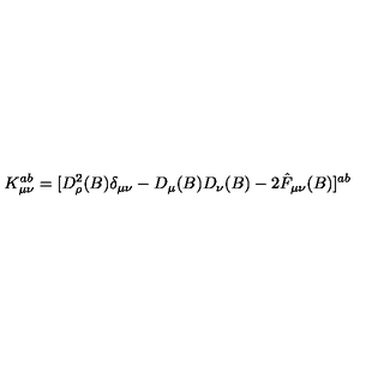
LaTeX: K _ { \mu \nu } ^ { a b } = [ D _ { \rho } ^ { 2 } ( B ) \delta _ { \mu \nu } - D _ { \mu } ( B ) D _ { \nu } ( B ) - 2 \hat { F } _ { \mu \nu } ( B ) ] ^ { a b }